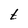
Character: t